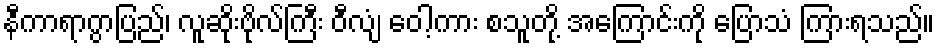
နီကာရာဂွာပြည်၊ လူဆိုးဗိုလ်ကြီး ဝီလျံ ဝေါ့ကား စသူတို့ အကြောင်းကို ပြောသံ ကြားရသည်။